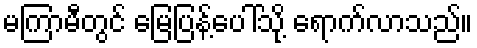
မကြာမီတွင် မြေပြန့်ပေါ်သို့ ရောက်လာသည်။